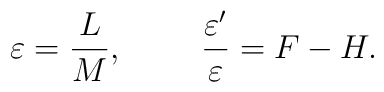
\varepsilon = \frac{L}{M},~~~~~~~\frac{\varepsilon'}{\varepsilon} = F - H.